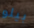
بيلو